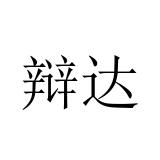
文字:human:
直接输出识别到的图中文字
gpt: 辩达